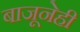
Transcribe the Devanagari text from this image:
बाजूनेही